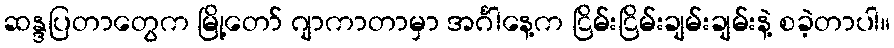
ဆန္ဒပြတာတွေက မြို့တော် ဂျာကာတာမှာ အင်္ဂါနေ့က ငြိမ်းငြိမ်းချမ်းချမ်းနဲ့ စခဲ့တာပါ။